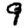
Digit: 9